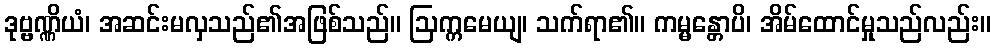
ဒုဗ္ဗဏ္ဏိယံ၊ အဆင်းမလှသည်၏အဖြစ်သည်။ ဩက္ကမေယျ၊ သက်ရာ၏။ ကမ္မန္တောပိ၊ အိမ်ထောင်မှုသည်လည်း။